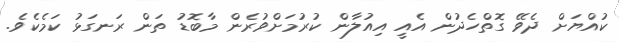
ކުއްޔަށް ދެވޭ ގޮތްހެދުން އެއީ އިއުލާން ކުރުމަށްވުރެން މާބޮޑު ތަން ރަނގަޅު ކަމެކެވެ.